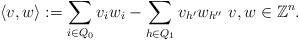
\begin{align*}\langle v,w \rangle := \sum_{i\in Q_0}v_iw_i - \sum_{h\in Q_1} v_{h'}w_{h''} \,\, v,w\in \mathbb{Z}^n.\end{align*}